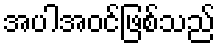
အပါအဝင်ဖြစ်သည်